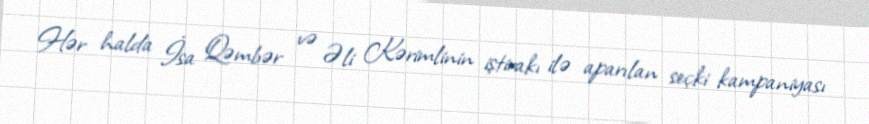
Hər halda İsa Qəmbər və Əli Kərimlinin iştirakı ilə aparılan seçki kampaniyası